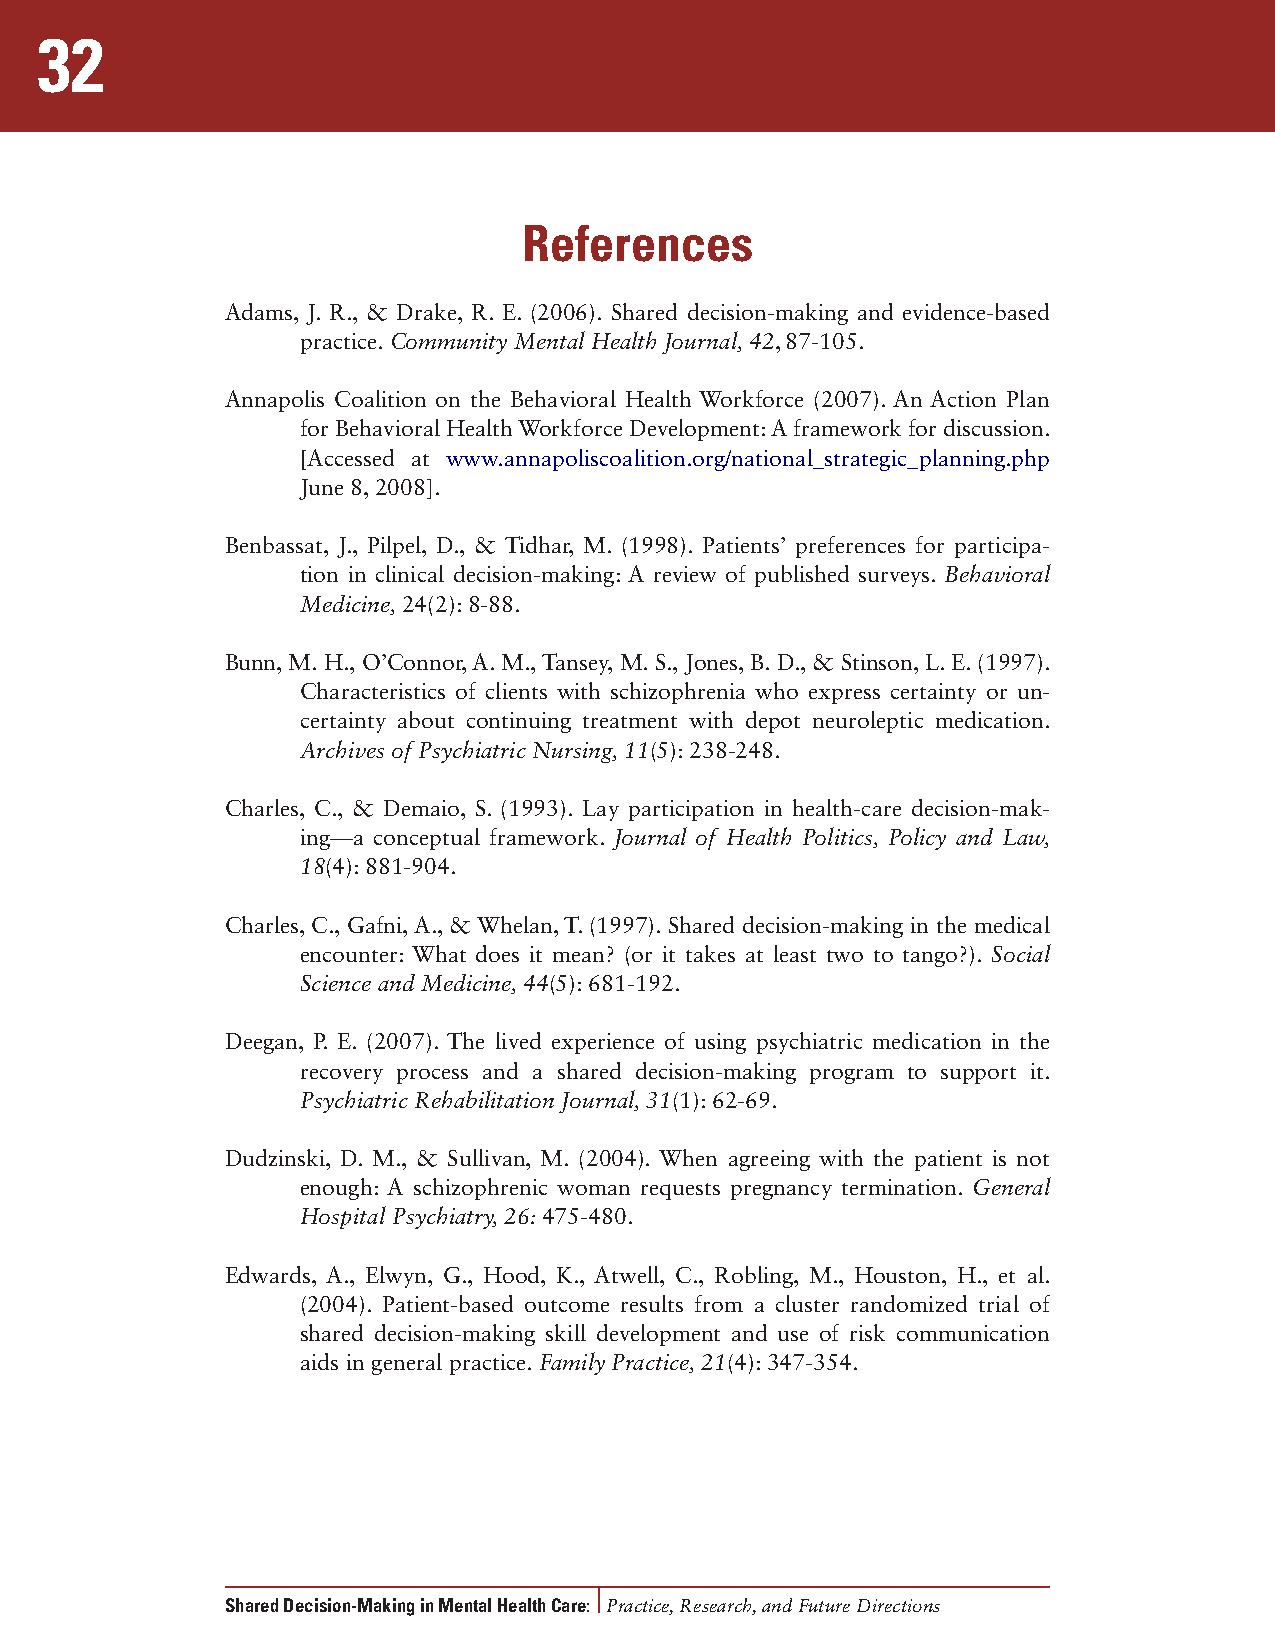
32
 References
 Adams, J. R., & Drake, R. E. (2006). Shared decision-making and evidence-based
 practice. Community Mental Health Journal, 42, 87-105.
 Annapolis Coalition on the Behavioral Health Workforce (2007). An Action Plan
 for Behavioral Health Workforce Development: A framework for discussion.
 [Accessed at www.annapoliscoalition.org/national_strategic_planning.php
 June 8, 2008].
 Benbassat, J., Pilpel, D., & Tidhar, M. (1998). Patients’ preferences for participa-
 tion in clinical decision-making: A review of published surveys. Behavioral
 Medicine,24(2): 8-88.
 Bunn, M. H., O’Connor, A. M., Tansey, M. S., Jones, B. D., & Stinson, L. E. (1997).
 Characteristics of clients with schizophrenia who express certainty or un-
 certainty about continuing treatment with depot neuroleptic medication.
 Archives of Psychiatric Nursing, 11(5): 238-248.
 Charles, C., & Demaio, S. (1993). Lay participation in health-care decision-mak-
 ing—a conceptual framework. Journal of Health Politics, Policy and Law,
 18(4): 881-904.
 Charles, C., Gafni, A., & Whelan, T. (1997). Shared decision-making in the medical
 encounter: What does it mean? (or it takes at least two to tango?). Social
 Science and Medicine, 44(5): 681-192.
 Deegan, P. E. (2007). The lived experience of using psychiatric medication in the
 recovery process and a shared decision-making program to support it.
 Psychiatric Rehabilitation Journal, 31(1): 62-69.
 Dudzinski, D. M., & Sullivan, M. (2004). When agreeing with the patient is not
 enough: A schizophrenic woman requests pregnancy termination. General
 Hospital Psychiatry, 26: 475-480.
 Edwards, A., Elwyn, G., Hood, K., Atwell, C., Robling, M., Houston, H., et al.
 (2004). Patient-based outcome results from a cluster randomized trial of
 shared decision-making skill development and use of risk communication
 aids in general practice. Family Practice, 21(4): 347-354.
 Shared Decision-Making in Mental Health Care: Practice, Research, and Future Directions